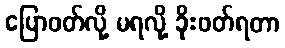
ပြောဖတ်လို့ မရလို့ ခိုးဖတ်ရတာ